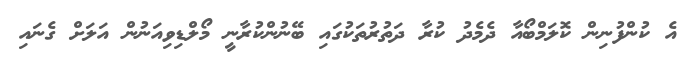
އެ ކުންފުނިން ކޮލަމްބޯއާ ދެމެދު ކުރާ ދަތުރުތަކުގައި ބޭނުންކުރާނީ މޯލްޑިވިއަނުން އަލަށް ގެނައި